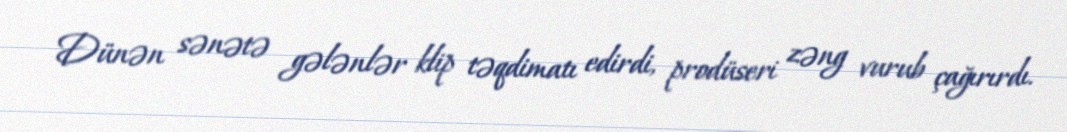
Dünən sənətə gələnlər klip təqdimatı edirdi, prodüseri zəng vurub çağırırdı.